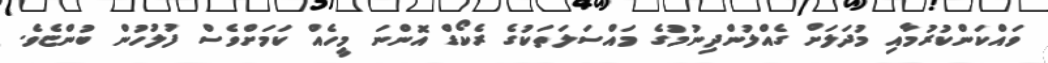
ވައްކަންކުރުމާއި މުދަލަށް ގެއްލުންދިނުމުގެ މައްސަލަތަކުގެ ރެކޯޑް އޮންނަ މީހެއް ކަމަށްވެސް ފުލުހުން ބުންޏެވެ.